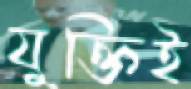
যুক্তিই